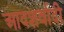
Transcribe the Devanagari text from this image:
आदशर्वादी